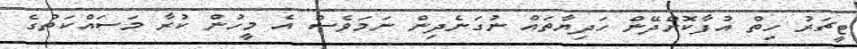
ޓީޗަރު ހިތް އުފާކޮށްދޭން ހަދިޔާތައް ނުގަނެދިން ނަމަވެސް އެ މީހުން ކުރާ މަސައްކަތުގެ